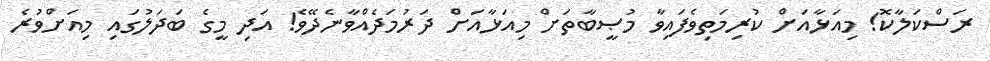
ރަސްކަލާކޮ! މިއަޅާއަށް ކުރިމަތިވެފައިވާ މުޞީބާތަށް މިއަޅާއަށް ދަރުމަދެއްވާނެދޭވެ! އަދި މީގެ ބަދަލުގައި މިއަށްވުރެ